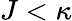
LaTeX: J<\kappa